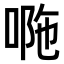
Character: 𠴻